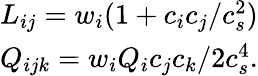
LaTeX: \begin{array}{r}{L_{ij}=w_{i}(1+c_{i}c_{j}/c_{s}^{2})}\\ {Q_{ijk}=w_{i}Q_{i}c_{j}c_{k}/2c_{s}^{4}.}\end{array}